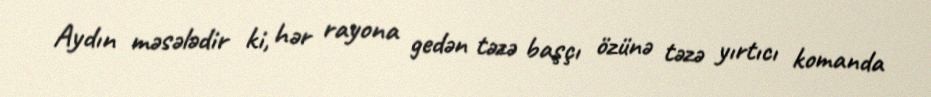
Aydın məsələdir ki, hər rayona gedən təzə başçı özünə təzə yırtıcı komanda